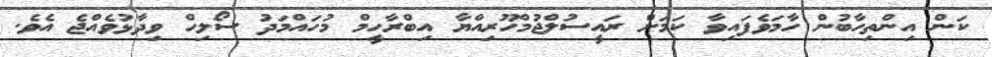
ކަން އިންތިހާބުން ހާމަވެފައިވާ ކަމަށް ރައީސުލްޖުމްހޫރިއްޔާ އިބްރާހީމް މުހައްމަދު ސޯލިހް ވިދާޅުވެއްޖެ އެވެ.